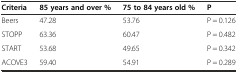
<table><thead><tr><td><b>Criteria</b></td><td><b>85 years and over %</b></td><td><b>75 to 84 years old %</b></td><td><b>P</b></td></tr></thead><tbody><tr><td>Beers</td><td>47.28</td><td>53.76</td><td>P = 0.126</td></tr><tr><td>STOPP</td><td>63.36</td><td>60.47</td><td>P = 0.482</td></tr><tr><td>START</td><td>53.68</td><td>49.65</td><td>P = 0.342</td></tr><tr><td>ACOVE3</td><td>59.40</td><td>54.91</td><td>P = 0.289</td></tr></tbody></table>